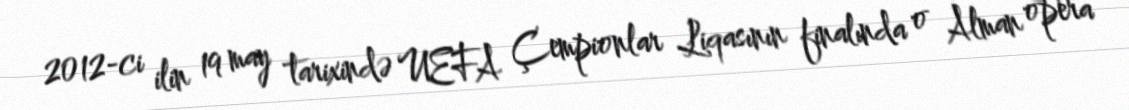
2012-ci ilin 19 may tarixində UEFA Çempionlar Liqasının finalında o Alman opera